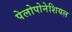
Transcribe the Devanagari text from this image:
पेलोपोनेशियल